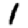
Digit: 1